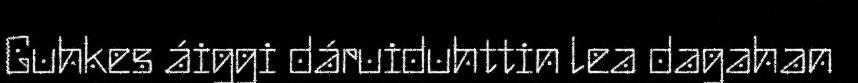
Guhkes áiggi dáruiduhttin lea dagahan